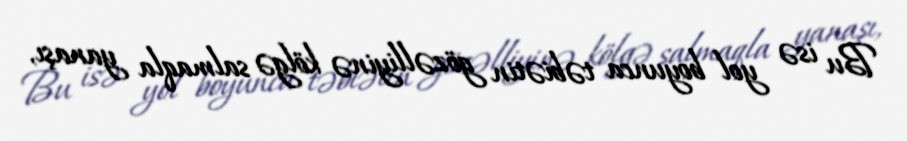
Bu isə yol boyunca təbiətin gözəlliyinə kölgə salmaqla yanaşı,